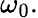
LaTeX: \omega_{0}.